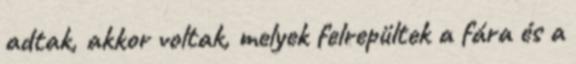
adtak, akkor voltak, melyek felrepültek a fára és a